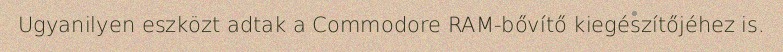
Ugyanilyen eszközt adtak a Commodore RAM-bővítő kiegészítőjéhez is.